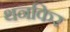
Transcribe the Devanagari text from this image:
थनकिर